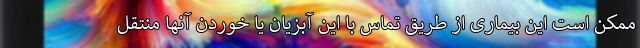
ممکن است این بیماری از طریق تماس با این آبزیان یا خوردن آنها منتقل